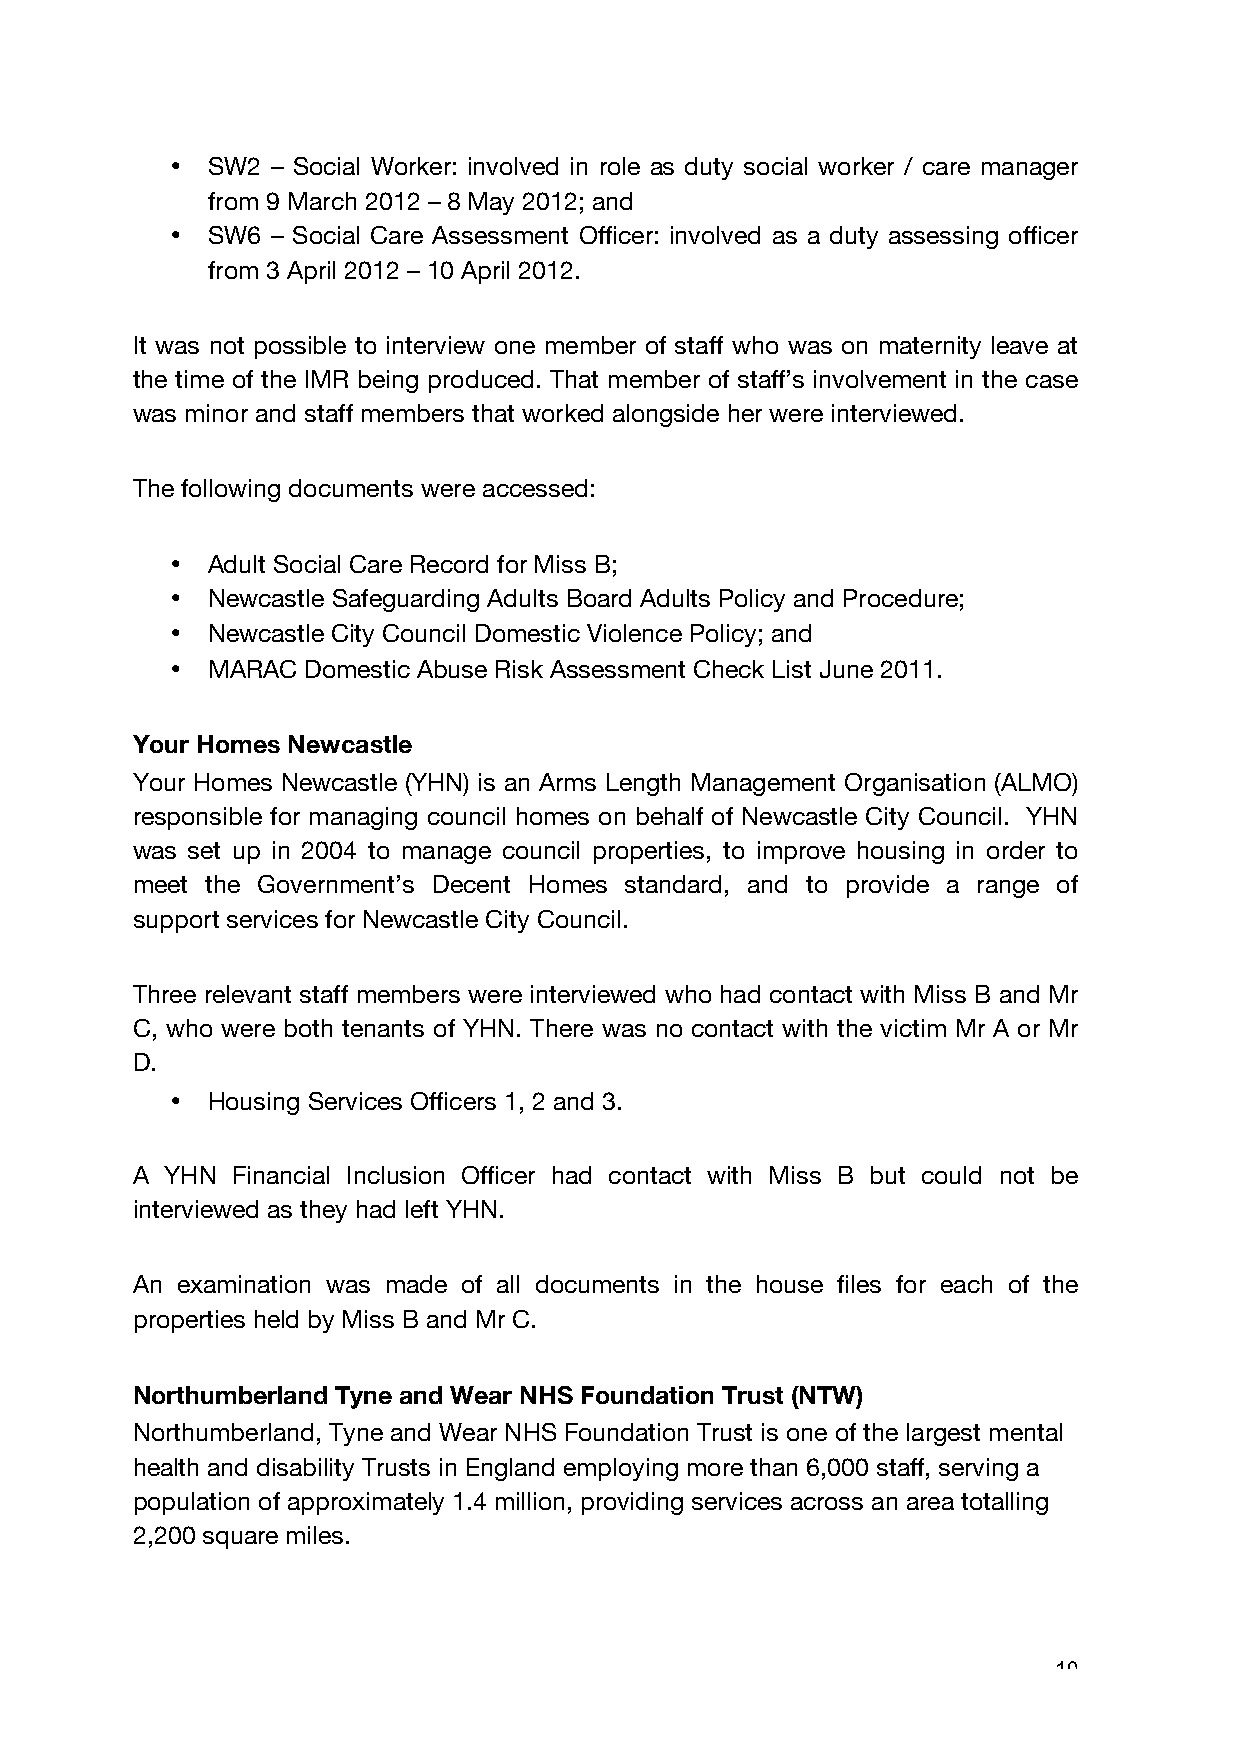
•  SW2 – Social Worker: involved in role as duty social worker / care manager
 from 9 March 2012 – 8 May 2012; and
 •  SW6 – Social Care Assessment Officer: involved as a duty assessing officer
 from 3 April 2012 – 10 April 2012.
 It was not possible to interview one member of staff who was on maternity leave at
 the time of the IMR being produced. That member of staff’s involvement in the case
 was minor and staff members that worked alongside her were interviewed.
 The following documents were accessed:
 •  Adult Social Care Record for Miss B;
 •  Newcastle Safeguarding Adults Board Adults Policy and Procedure;
 •  Newcastle City Council Domestic Violence Policy; and
 •  MARAC Domestic Abuse Risk Assessment Check List June 2011.
 Your Homes Newcastle
 Your Homes Newcastle (YHN) is an Arms Length Management Organisation (ALMO)
 responsible for managing council homes on behalf of Newcastle City Council. YHN
 was set up in 2004 to manage council properties, to improve housing in order to
 meet the Government’s Decent Homes standard, and to provide a range of
 support services for Newcastle City Council.
 Three relevant staff members were interviewed who had contact with Miss B and Mr
 C, who were both tenants of YHN. There was no contact with the victim Mr A or Mr
 D.
 •  Housing Services Officers 1, 2 and 3.
 A YHN Financial Inclusion Officer had contact with Miss B but could not be
 interviewed as they had left YHN.
 An examination was made of all documents in the house files for each of the
 properties held by Miss B and Mr C.
 Northumberland Tyne and Wear NHS Foundation Trust (NTW)
 Northumberland, Tyne and Wear NHS Foundation Trust is one of the largest mental
 health and disability Trusts in England employing more than 6,000 staff, serving a
 population of approximately 1.4 million, providing services across an area totalling
 2,200 square miles.
 10